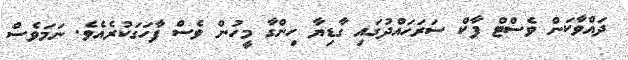
ދައްވާކަން ވެސްޓް ޕާކް ސަރަހައްދުގައި ގާޑިޔާ ހިންގާ މީހުން ވެސް ފާހަގަކުރެއެވެ. ނަމަވެސް